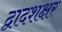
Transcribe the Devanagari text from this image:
द्वादशक्षर